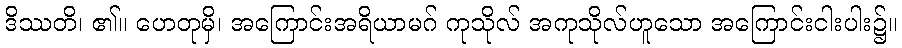
ဒိဿတိ၊ ၏။ ဟေတုမှိ၊ အကြောင်းအရိယာမဂ် ကုသိုလ် အကုသိုလ်ဟူသော အကြောင်းငါးပါး၌။